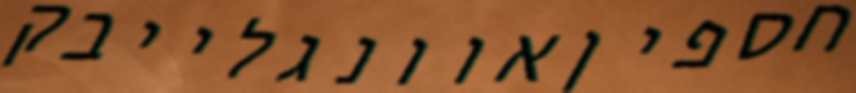
חספיןאוונגלייבק